画像に写った文字を読んでください
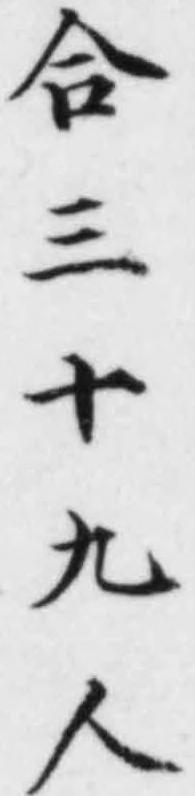
「合三十九人」と書いてあります